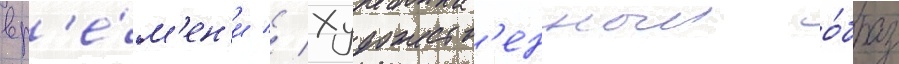
вр'е́м'ен'и // Художеств'енныи о́браз